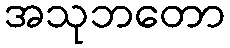
အသုဘတော